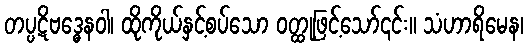
တပ္ပဋိဗဒ္ဓေနဝါ၊ ထိုကိုယ်နှင့်စပ်သော ဝတ္ထုဖြင့်သော်၎င်း။ သံဟာရိမေန၊